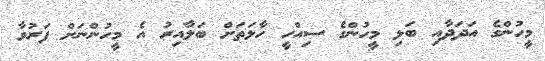
މީހުންގެ އަދަދާއި ބަލި މީހުންގެ ސިއްހީ ހާލަތަށް ބަލާއިރު އެ މީހުންނަށް ފަރުވާ